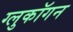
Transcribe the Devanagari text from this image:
ग्लुकॉगन